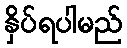
နှိပ်ရပါမည်